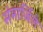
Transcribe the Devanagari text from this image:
संमार्जिले